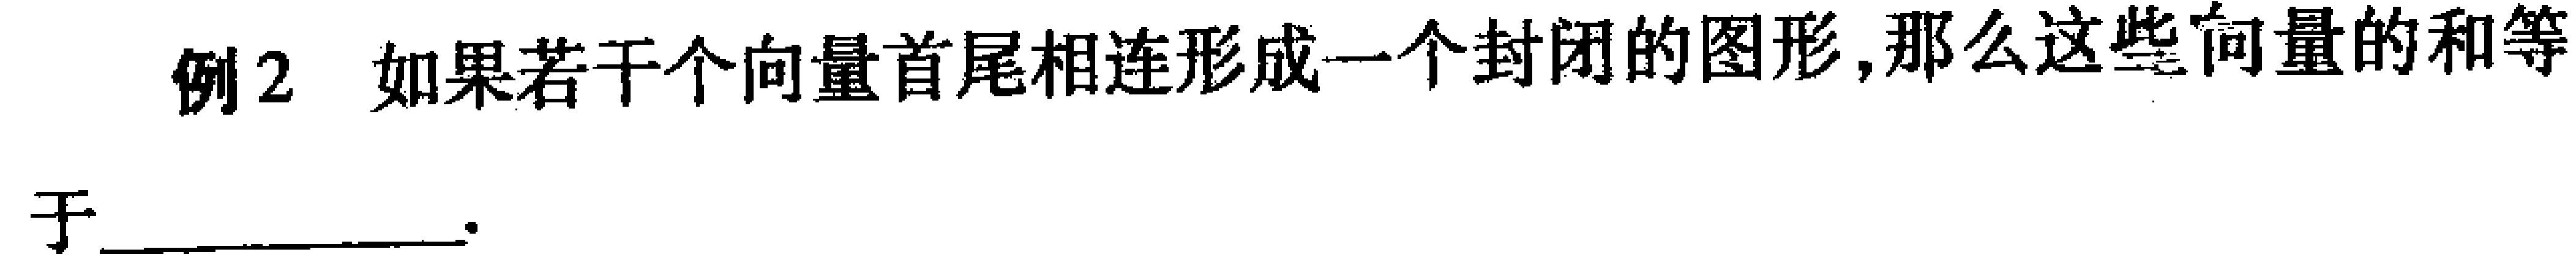
例2 如果若干个向量首尾相连形成一个封闭的图形,那么这些向量的和等 于____________.